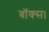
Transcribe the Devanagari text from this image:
बॉक्स।